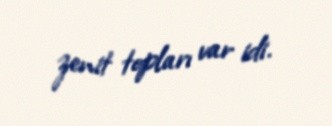
zenit topları var idi.